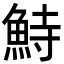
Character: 𩶬